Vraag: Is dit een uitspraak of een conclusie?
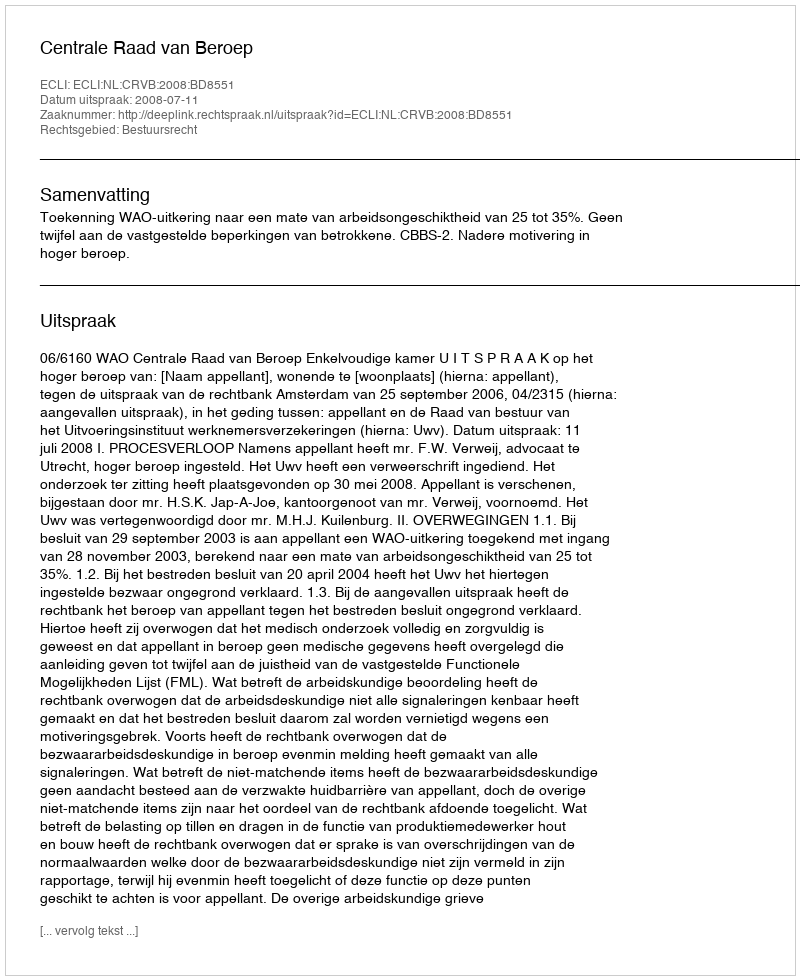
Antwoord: Uitspraak